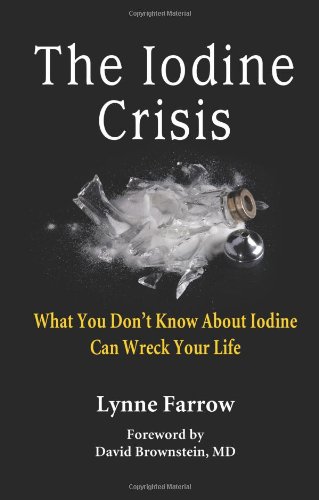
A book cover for The Iodine Crisis: What You Don't Know About Iodine Can Wreck Your Life; Lynne Farrow; Health, Fitness & Dieting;